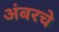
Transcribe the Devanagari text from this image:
अंबरचे